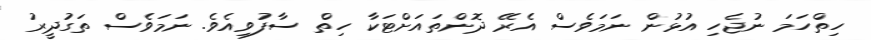
ހިތްހަމަ ނުޖެހި އުޅުން ނަމަވެސް އެރޭ ދޮންތައަށްޓަކާ ހިތް ސާފުވިއެވެ. ނަމަވެސް ތަގުދީރު